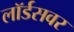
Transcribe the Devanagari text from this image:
लॉर्डसवर